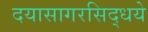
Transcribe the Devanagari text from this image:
दयासागरसिद्धये